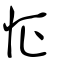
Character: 怔